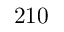
2 1 0